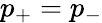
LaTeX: p_{+}=p_{-}